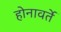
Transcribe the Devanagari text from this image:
होनावर्ते